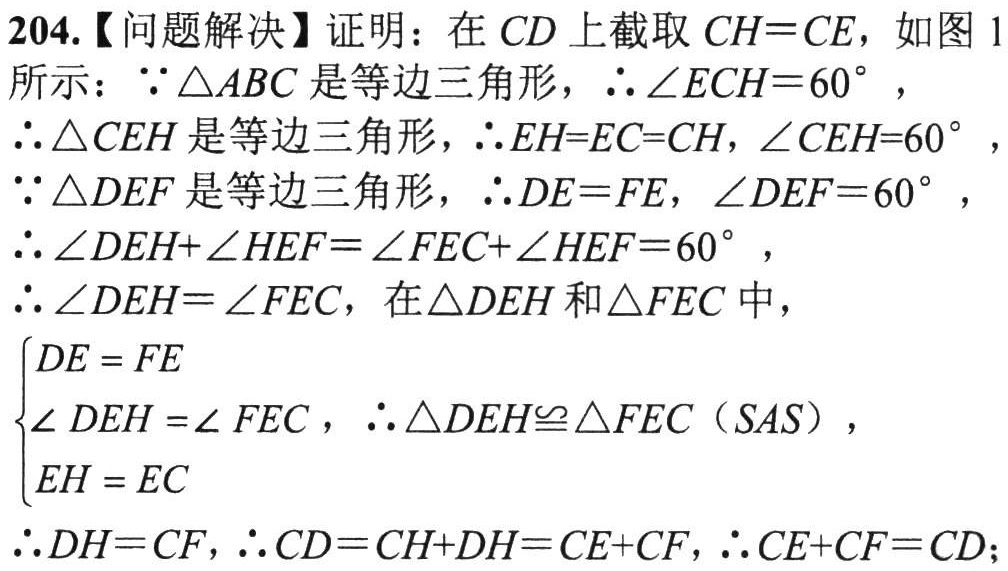
204.【问题解决】证明：在\(CD\)上截取\(CH = CE\)，如图 1
所示：\(\because\triangle ABC\)是等边三角形，\(\therefore\angle ECH = 60^{\circ}\)，
\(\therefore\triangle CEH\)是等边三角形，\(\therefore EH = EC = CH\)，\(\angle CEH = 60^{\circ}\)，
\(\because\triangle DEF\)是等边三角形，\(\therefore DE = FE\)，\(\angle DEF = 60^{\circ}\)，
\(\therefore\angle DEH+\angle HEF=\angle FEC+\angle HEF = 60^{\circ}\)，
\(\therefore\angle DEH=\angle FEC\)，在\(\triangle DEH\)和\(\triangle FEC\)中，
\(\begin{cases}
DE = FE\\
\angle DEH =\angle FEC\\
EH = EC
\end{cases}\)，\(\therefore\triangle DEH\cong\triangle FEC\)（\(SAS\)），
\(\therefore DH = CF\)，\(\therefore CD = CH + DH = CE+CF\)，\(\therefore CE + CF = CD\)；